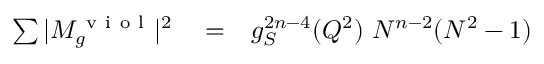
\begin{array} { r l r } { \sum \vert M _ { g } ^ { \mathrm { ~ v ~ i ~ o ~ l ~ } } \vert ^ { 2 } } & { { } = } & { g _ { S } ^ { 2 n - 4 } ( Q ^ { 2 } ) ~ N ^ { n - 2 } ( N ^ { 2 } - 1 ) } \end{array}